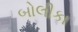
બોલીકા